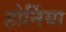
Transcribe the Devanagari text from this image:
होर्निया